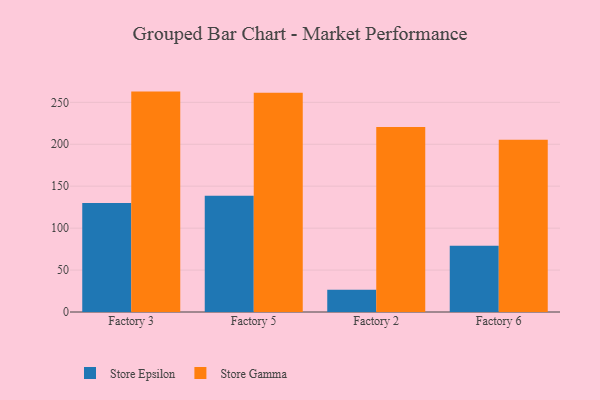
{"axis": {"x": "Factory", "y": "Tickets Resolved"}, "legend": ["Store Epsilon", "Store Gamma"], "data": [{"x": "Factory 3", "y": 129.9, "type": "Store Epsilon"}, {"x": "Factory 3", "y": 262.8, "type": "Store Gamma"}, {"x": "Factory 5", "y": 138.5, "type": "Store Epsilon"}, {"x": "Factory 5", "y": 261.5, "type": "Store Gamma"}, {"x": "Factory 2", "y": 26.4, "type": "Store Epsilon"}, {"x": "Factory 2", "y": 220.6, "type": "Store Gamma"}, {"x": "Factory 6", "y": 79.1, "type": "Store Epsilon"}, {"x": "Factory 6", "y": 205.3, "type": "Store Gamma"}]}